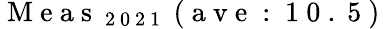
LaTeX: \mathrm{~M~e~a~s~}_{\mathrm{~2~0~2~1~}}\mathrm{~(~a~v~e~:~1~0~.~5~)~}